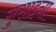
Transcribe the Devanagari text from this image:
गुसाइना